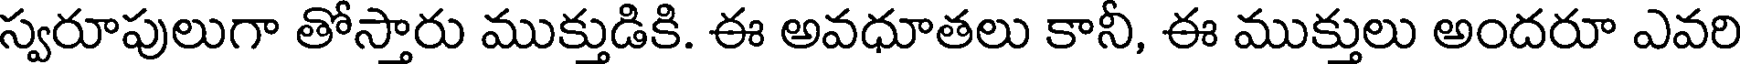
స్వరూపులుగా తోస్తారు ముక్తుడికి. ఈ అవధూతలు కానీ, ఈ ముక్తులు అందరూ ఎవరి